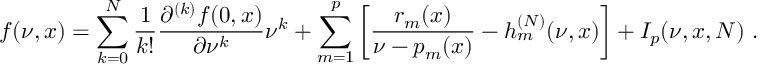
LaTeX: f ( \nu , x ) = \sum _ { k = 0 } ^ { N } \frac { 1 } { k ! } \frac { \partial ^ { ( k ) } f ( 0 , x ) } { \partial \nu ^ { k } } \nu ^ { k } + \sum _ { m = 1 } ^ { p } \left[ \frac { r _ { m } ( x ) } { \nu - p _ { m } ( x ) } - h _ { m } ^ { ( N ) } ( \nu , x ) \right] + I _ { p } ( \nu , x , N ) \ .